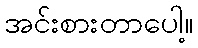
အင်းစားတာပေါ့။